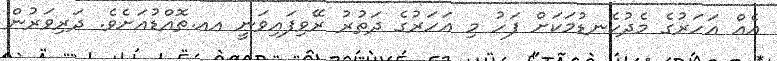
އެއް އަހަރުގެ މެދުކެނޑުމަކަށް ފަހު މި އަހަރުގެ ދަތުރު ރޭވިފައިވަނީ އއ.ތޮއްޑުއަށެވެ. ދަރިވަރުން